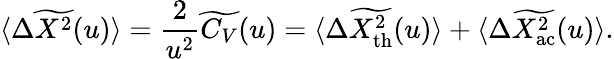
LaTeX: \langle\Delta\widetilde{X^{2}}(u)\rangle=\frac{2}{u^{2}}\widetilde{C_{V}}(u)=\langle\Delta\widetilde{X_{\mathrm{th}}^{2}}(u)\rangle+\langle\Delta\widetilde{X_{\mathrm{ac}}^{2}}(u)\rangle.